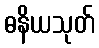
ဓနိယသုတ်